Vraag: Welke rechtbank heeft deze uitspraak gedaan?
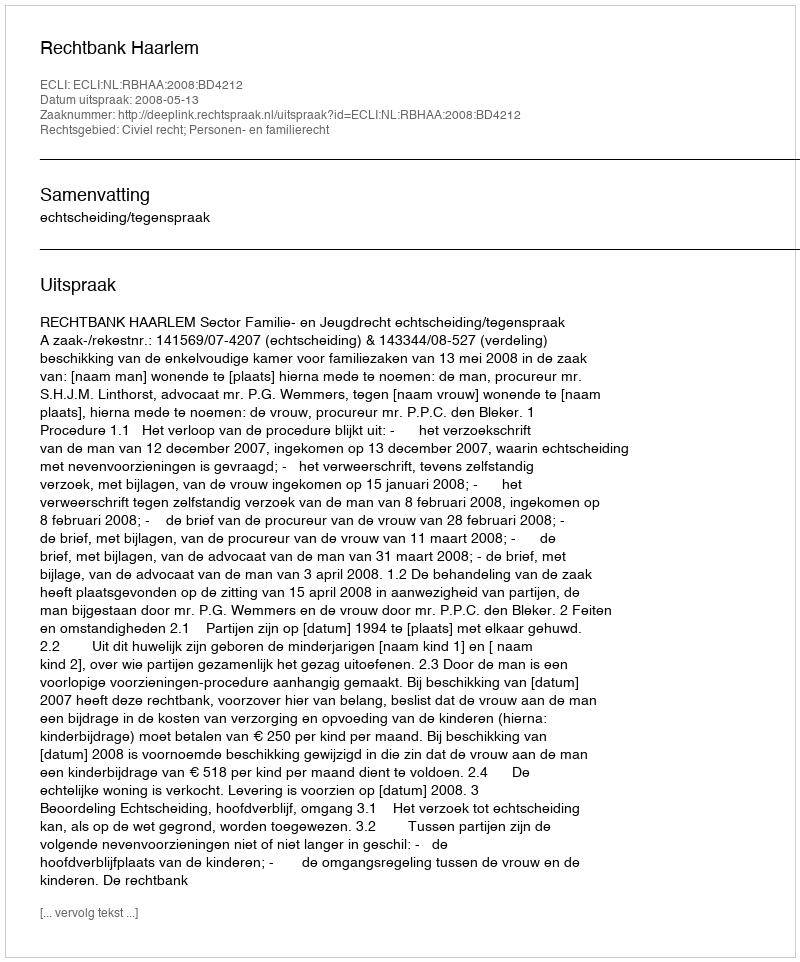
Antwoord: Rechtbank Haarlem